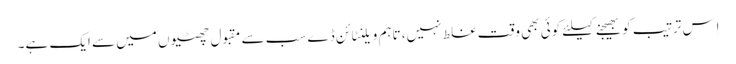
اِس ترتیب کو بھیجنے کیلئے کوئی بھی وقت غلط نہیں، تاہم ویلنٹائن ڈے سب سے مقبول چھٹیوں میں سے ایک ہے۔